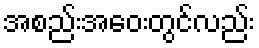
အစည်းအဝေးတွင်လည်း